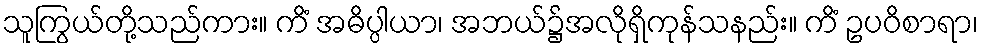
သူကြွယ်တို့သည်ကား။ ကိံ အဓိပ္ပါယာ၊ အဘယ်၌အလိုရှိကုန်သနည်း။ ကိံ ဥပဝိစာရာ၊